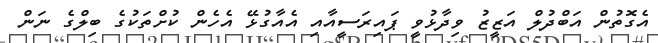
އެގޮތުން އަބްދުލް އަޒީޒު ވިދާޅުވީ ޕައިރަސީއާއި އެއާގުޅޭ އެހެން ކުށްތަކުގެ ބިލްގެ ނަން